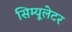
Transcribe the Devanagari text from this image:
सिम्यूलेटर